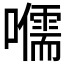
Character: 𡃽